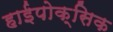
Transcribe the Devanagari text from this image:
हाईपोक्सिक